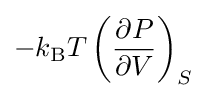
-k_{\rm {B}}T\left({\frac {\partial P}{\partial V}}\right)_{S}